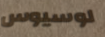
لوسيوس